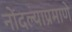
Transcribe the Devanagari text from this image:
नोंदल्याप्रमाणे